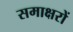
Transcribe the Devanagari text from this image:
समाक्षरों